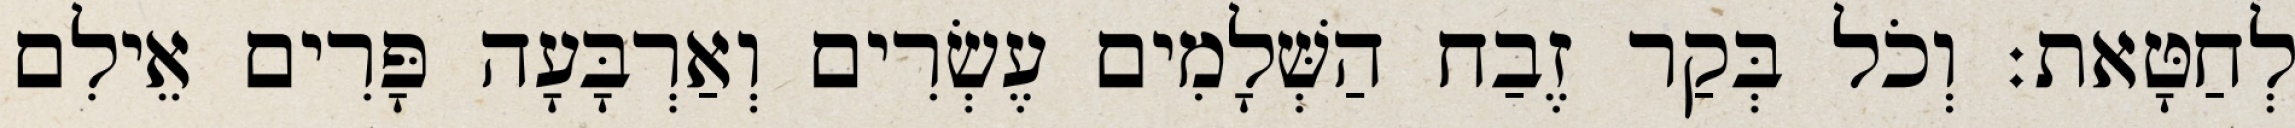
לְחַטָּאת׃ וְכֹל בְּקַר זֶבַח הַשְּׁלָמִים עֶשְׂרִים וְאַרְבָּעָה פָּרִים אֵילִם